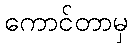
ကောင်တာမှ